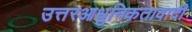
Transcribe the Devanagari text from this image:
उत्तरआधुनिकतावादी